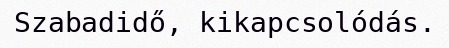
Szabadidő, kikapcsolódás.